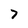
Character: 7